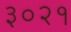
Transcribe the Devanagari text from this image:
३०२१